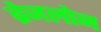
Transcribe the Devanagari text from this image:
ब्रेजलोन